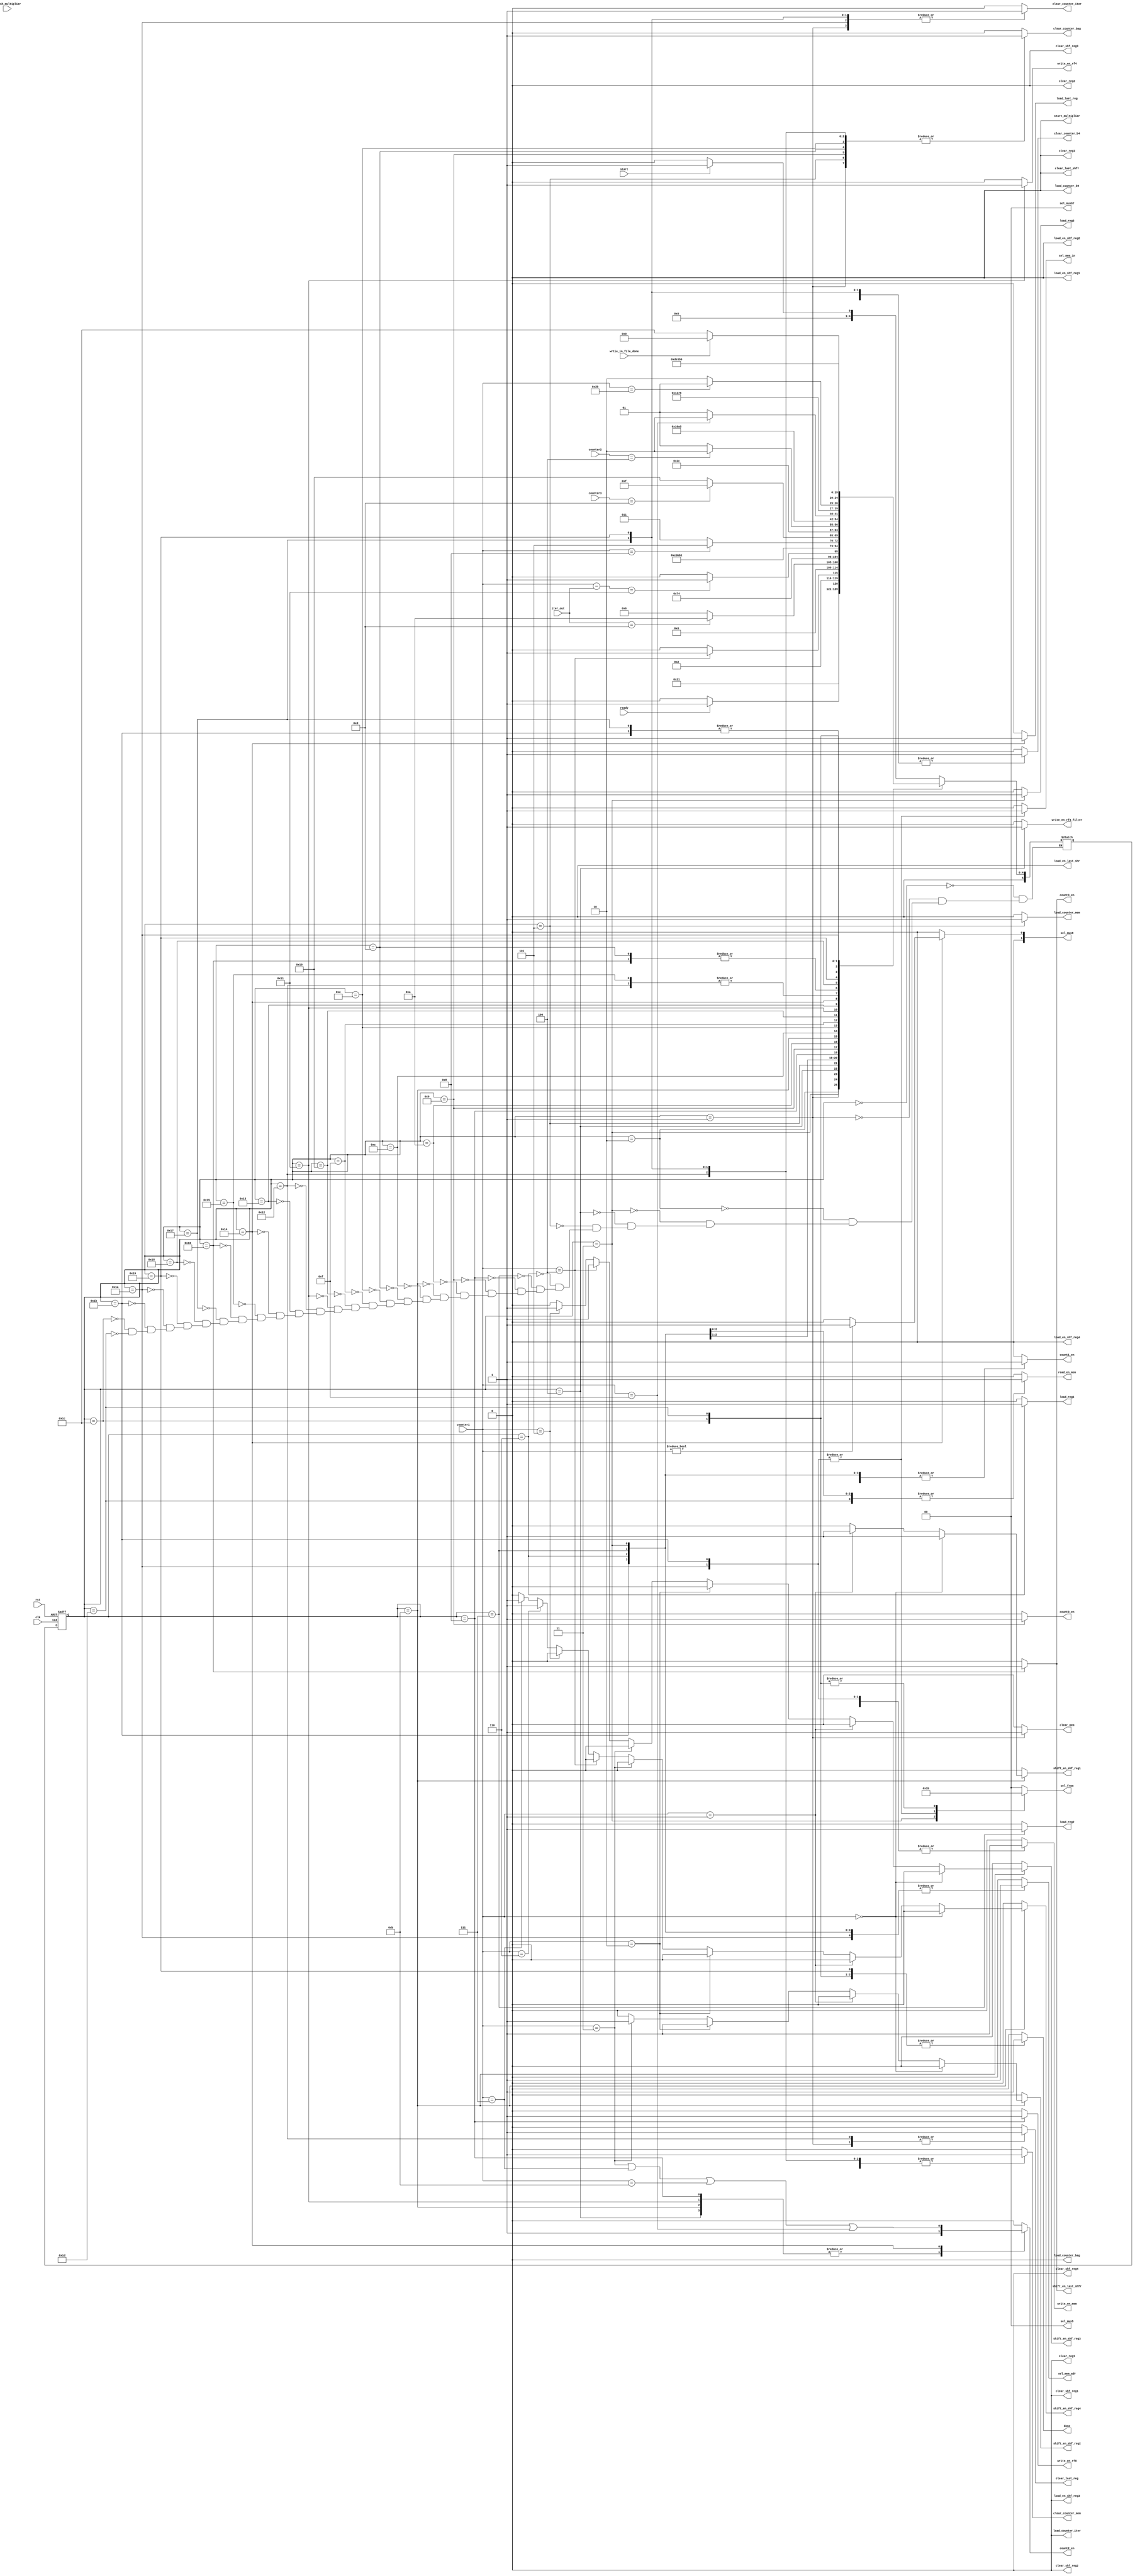
module Convolution_Controller
(
input wrtie_in_file_done,
input clk, rst,
input [6:0] counter1,
input [2:0] counter2,
input  [3:0] counter3,

output reg count1_en, count2_en, count3_en,

output reg clear_mem, read_en_mem, write_en_mem,
sel_mem_adr,
output reg [1:0] sel_from,
 output reg sel_mem_in,

load_reg1, clear_reg1,
load_reg2, clear_reg2,
load_reg3, clear_reg3,
write_en_rf8,
write_en_rf4_filter,
load_counter_bag, clear_counter_bag,
load_counter_mem, clear_counter_mem,
output reg load_counter_iter, clear_counter_iter, count0_en ,
input [6:0] iter_out,
output reg load_en_shf_reg1, shift_en_shf_reg1, clear_shf_reg1,
load_en_shf_reg2, shift_en_shf_reg2, clear_shf_reg2,
load_en_shf_reg3, shift_en_shf_reg3, clear_shf_reg3,
load_en_shf_reg4, shift_en_shf_reg4, clear_shf_reg4,

output reg load_counter_b4, clear_counter_b4,
output reg [1:0] sel_mux5, sel_mux67, sel_mux8,
output reg write_en_rf4,
output reg start_multiplier,
input finish_multiplier,
output reg load_last_reg, clear_last_reg,

output reg load_en_last_shr, shift_en_last_shfr, clear_last_shfr,

input start,
input ready,
output reg done
);


localparam  si0 = 5'b00000,
si1 = 5'b00001,
si2 = 5'b00010,
si3 = 5'b00011,
si4 = 5'b00100,
si5 = 5'b00101,
si6 = 5'b00110,
si7 = 5'b00111,
si8 = 5'b01000,
si9 = 5'b01001,
si10 = 5'b01010,
si11 = 5'b01011,
si12 = 5'b01100,
si13 = 5'b01101,
si14 = 5'b01110,
si15 = 5'b01111,
si16 = 5'b10000,
si17 = 5'b10001,
si18 = 5'b10010,
si19 = 5'b10011,
si20 = 5'b10100,
si21 = 5'b10101,
si22 = 5'b10110,
si23 = 5'b10111,
si24 = 5'b11000,
si25 = 5'b11001,
si26 = 5'b11010,
si27 = 5'b11011,
si28 = 5'b11100,
si29 = 5'b11101,
si30 = 5'b11110,
si31 = 5'b11111;
reg [5:0] ps, ns;


//------------------------------
always @(ps, start, ready, counter1)

	begin

		{count1_en, count2_en, count3_en} = 3'b0;
		{clear_mem, read_en_mem, write_en_mem,
		sel_mem_adr, sel_from, sel_mem_in } = 6'b0;

		{load_reg1, clear_reg1, load_reg2, clear_reg2, load_reg3, clear_reg3} = 6'b0;
		{write_en_rf8, write_en_rf4_filter} = 2'b0;
		{load_counter_bag, clear_counter_bag,
		load_counter_mem, clear_counter_mem,
		load_counter_iter, clear_counter_iter, count0_en} = 7'b0;

		{load_en_shf_reg1, shift_en_shf_reg1, clear_shf_reg1,
		load_en_shf_reg2, shift_en_shf_reg2, clear_shf_reg2,
		load_en_shf_reg3, shift_en_shf_reg3, clear_shf_reg3,
		load_en_shf_reg4, shift_en_shf_reg4, clear_shf_reg4} = 12'b0;

		{load_counter_b4, clear_counter_b4} = 2'b0;
		{sel_mux5, sel_mux67, sel_mux8} = 3'b0;
		write_en_rf4 = 0;
		start_multiplier = 0;
		{load_last_reg, clear_last_reg} = 2'b0;

		{load_en_last_shr, shift_en_last_shfr, clear_last_shfr} = 3'b0;
 		done = 1'b0;

case (ps)
si0: begin //start?
    			ns = start ? si1 : si0 ;
			end
			si1: begin //read file to mem:
    			ns = si2;
				clear_mem = 1;
				 clear_counter_bag =1; clear_counter_mem = 1;
				 clear_counter_b4 = 1; clear_counter_iter = 1;
				 clear_last_reg = 1;
			end
			si2: begin
  				ns = ready ? si3 : si2;
				write_en_mem = 1;
				sel_mem_adr = 0;
				sel_mem_in = 0;
			end
			si3: begin //read mem -> reg!

				ns = (counter1 == 7'b0000_100 ) ? si5 : si4;
				count1_en = 1;
				read_en_mem = 1;
  				sel_mem_adr = 1;
				sel_from = 2'b01;
				load_reg3 = 1;

			end
			si4: begin
    			ns = si3;
				write_en_rf4_filter = 1;
				count2_en = 1;
			end
			si5: begin
				ns = (iter_out == 7'b0001_101 ) ? si10 : si6;
    			clear_counter_bag = 1;
				load_counter_mem = 1;
			end
			si6: begin
   				ns = si7;
				count1_en = 1;
				read_en_mem = 1;
  				sel_mem_adr = 1;
				sel_from = 2'b00;
				load_reg1 = 1;
			end
			si7: begin
    			ns = ((counter1 - iter_out) == 7'b0010_001) ? si9 : si8;

				count1_en = 1;
				read_en_mem = 1;
  				sel_mem_adr = 1;
				sel_from = 2'b00;
				load_reg2 = 1;
			end
			si8: begin
    			ns = si6;
				write_en_rf8 = 1;
				count2_en = 1;
			end
			si9: begin
				ns = si11;
    			count0_en = 1;
				clear_counter_bag = 1;
				clear_counter_mem = 1;
			end
			si10: begin
				ns = si23;

			end
			si11: begin
    			ns = si12;
				count2_en = 1;
				count1_en = 1;
				if(counter1 == 0) begin
						shift_en_shf_reg1 = 1;
					end
				else if (counter1 == 7'b000_001) begin
						shift_en_shf_reg1 = 1;
					end
				else if (counter1 == 7'b000_010) begin
						shift_en_shf_reg2 = 1;
					end
				else if (counter1 == 7'b000_011) begin
						shift_en_shf_reg2 = 1;
					end
				else if(counter1 == 7'b000_100) begin
						shift_en_shf_reg3 = 1;
					end
				else if (counter1 == 7'b000_101) begin
						shift_en_shf_reg3 = 1;
					end
				else if (counter1 == 7'b000_110) begin
						shift_en_shf_reg4 = 1;
					end
				else if (counter1 == 7'b000_111) begin
						shift_en_shf_reg4 = 1;
					end
			end
			si12: begin
    			ns = (counter1 == 7'b0001_000) ? si13 : si11;
			end

			si13: begin
    			ns = si14;
				clear_counter_bag = 1;
				clear_counter_mem = 1;
				clear_counter_b4 = 1;
			end

			si14: begin
    			ns = (counter3 == 4'b1101) ? si15 : si16;
				clear_counter_bag = 1;

			end

			si15: begin
    			ns = si5;
			end
			si16: begin
    			ns = (counter2 == 3'b100) ? si18 : si17;

			end
			si17: begin
    			ns = si16;
				write_en_rf4 =1;
				count2_en = 1;
			end

			si18: begin
				ns = si19;
				clear_counter_bag =1;
				clear_counter_mem = 1;
				clear_last_reg = 1;

			end

            si19: begin
				ns = si20;
            end

            si20: begin
				ns = (counter1 == 7'b0001_111 )? si22 : si21;
				sel_mux8 =(counter1 != 0) ? 1'b1 : 1'b0;
				load_last_reg =1;
				count1_en = 1;
				count2_en = ((counter1 == 7'd3 )|| (counter1 == 7'd7) ||(counter1 == 7'd11 )|| (counter1 == 7'd15)) ;

            end

            si21: begin
				ns = si19;

            end

            si22: begin
				ns = si14;
				shift_en_last_shfr =1;
				count3_en = 1;
            end

            si23: begin
				clear_counter_bag =1; clear_counter_mem = 1;
				clear_counter_b4 = 1; clear_counter_iter = 1;
				clear_counter_iter = 1;

				ns = si24;
            end

            si24: begin
				ns = (counter1 == 7'd43) ? si25 : si26;
            end

            si25: begin
				ns = (wrtie_in_file_done ) ? si0 : si28;
				clear_counter_bag =1; clear_counter_mem = 1;
				clear_counter_b4 = 1; clear_counter_iter = 1;
				clear_counter_iter = 1;
				sel_mem_adr = 0;
				done = 1;
            end

            si26: begin
				ns = si27;

				write_en_mem = 1;
				sel_from = 2'b10;
				sel_mem_adr = 1;
				clear_counter_iter = 1;
				sel_mem_in = 1;
            end

            si27: begin
				ns = si24;
				write_en_mem = 1;
				count1_en = 1;

				write_en_mem = 1;
				sel_from = 2'b10;
				sel_mem_adr = 1;
				//clear_counter_iter = 1;
				sel_mem_in = 1;
            end

            si28: begin
				//ns = si25;
				ns = si29;
				sel_from = 2'b11;
				sel_mem_adr = 0;
				//read_en_mem = 1;
				done = 1;
            end

              	si29: begin
				sel_from = 2'b11;
				ns = si25;
				read_en_mem = 1;
				done = 1;
            end


endcase
end

//--------------------------------
always @(posedge clk, posedge rst)
		if (rst)
			ps <= 5'b0;
		else
			ps <= ns;

endmodule